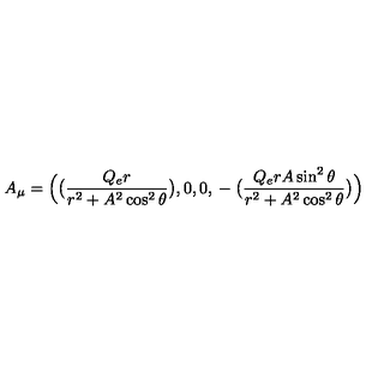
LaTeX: A _ { \mu } = \Bigl ( \bigl ( { \frac { Q _ { e } r } { r ^ { 2 } + A ^ { 2 } \cos ^ { 2 } \theta } } \bigr ) , 0 , 0 , { } - \bigl ( { \frac { Q _ { e } r A \sin ^ { 2 } \theta } { r ^ { 2 } + A ^ { 2 } \cos ^ { 2 } \theta } } \bigr ) \Bigr )